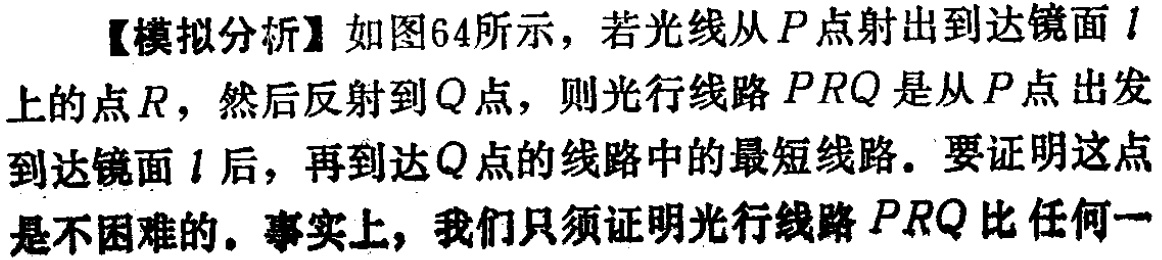
【模拟分析】如图64所示，若光线从\(P\)点射出到达镜面\(l\)上的点\(R\)，然后反射到\(Q\)点，则光行线路\(PRQ\)是从\(P\)点出发到达镜面\(l\)后，再到达\(Q\)点的线路中的最短线路。要证明这点是不困难的。事实上，我们只须证明光行线路\(PRQ\)比任何一